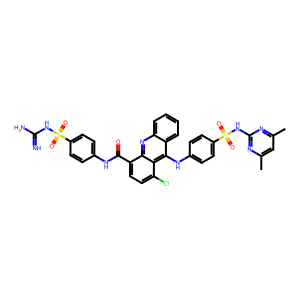
SMILES: Cc1cc(C)nc(NS(=O)(=O)c2ccc(Nc3c4ccccc4nc4c(C(=O)Nc5ccc(S(=O)(=O)NC(=N)N)cc5)ccc(Cl)c34)cc2)n1
Inhibits HIV replication: No